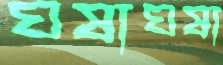
ঘষাঘষা